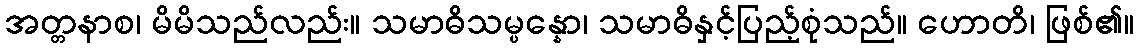
အတ္တနာစ၊ မိမိသည်လည်း။ သမာဓိသမ္ပန္နော၊ သမာဓိနှင့်ပြည့်စုံသည်။ ဟောတိ၊ ဖြစ်၏။